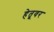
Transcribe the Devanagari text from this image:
हेतूवर